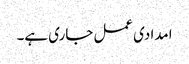
امدادی عمل جاری ہے۔